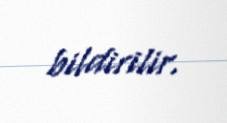
bildirilir.